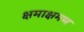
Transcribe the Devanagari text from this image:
क्षमाक्षमण